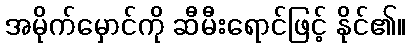
အမိုက်မှောင်ကို ဆီမီးရောင်ဖြင့် နိုင်၏။